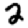
Digit: 2